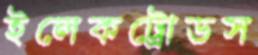
ইলেকট্রোডস